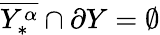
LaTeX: \overline{{Y_{*}^{\alpha}}}\cap\partial Y=\emptyset